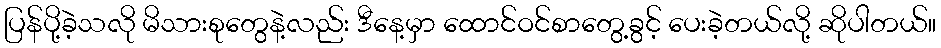
ပြန်ပို့ခဲ့သလို မိသားစုတွေနဲ့လည်း ဒီနေ့မှာ ထောင်ဝင်စာတွေ့ခွင့် ပေးခဲ့တယ်လို့ ဆိုပါတယ်။